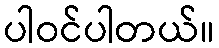
ပါဝင်ပါတယ်။